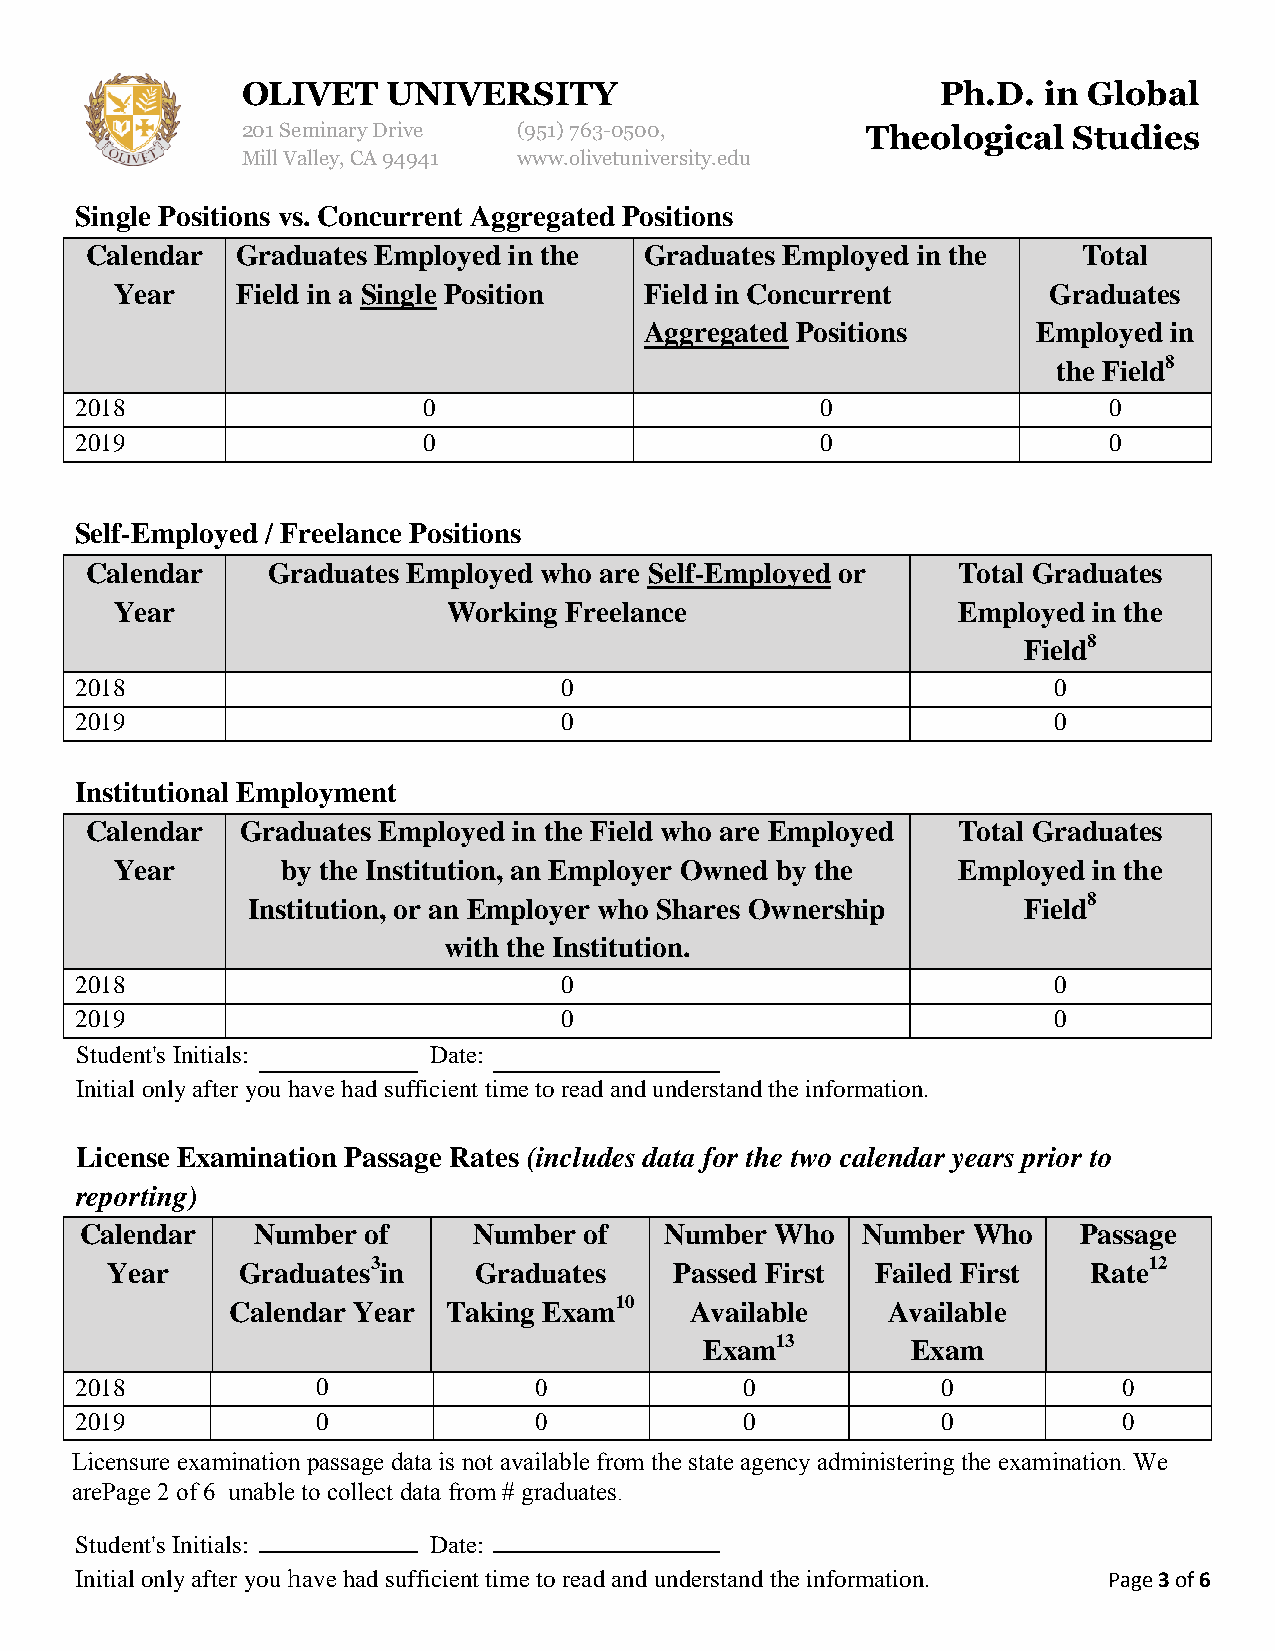
OLIVET    UNIVERSITY                          Ph.D.  in Global
 201 Seminary Drive (951)763-0500,        Theological   Studies
 Mill Valley, CA 94941 www.olivetuniversity.edu
 Single Positions vs. Concurrent Aggregated Positions
 Calendar  Graduates Employed in the  Graduates Employed in the    Total
 Year    Field in a Single Position Field in Concurrent       Graduates
 Aggregated Positions      Employed in
 the Field8
 2018                   0                         0                  0
 2019                   0                         0                  0
 Self-Employed / Freelance Positions
 Calendar    Graduates Employed who are Self-Employed or  Total Graduates
 Year                  Working Freelance                Employed in the
 Field8
 2018                            0                                0
 2019                            0                                0
 Institutional Employment
 Calendar  Graduates Employed in the Field who are Employed Total Graduates
 Year       by the Institution, an Employer Owned by the Employed in the
 Institution, or an Employer who Shares Ownership    Field8
 with the Institution.
 2018                            0                                0
 2019                            0                                0
 Student's Initials:    Date:
 Initial only after you have had sufficient time to read and understand the information.
 License Examination Passage Rates (includes data for the two calendar years prior to
 reporting)
 Calendar    Number of     Number  of   Number Who   Number Who     Passage
 Year     Graduates3in   Graduates     Passed First Failed First  Rate12
 Calendar Year  Taking Exam10   Available    Available
 Exam13       Exam
 2018            0             0             0            0           0
 2019            0             0             0            0           0
 Licensure examination passage data is not available from the state agency administering the examination. We
 arePage 2 of 6 unable to collect data from # graduates.
 Student's Initials:    Date:
 Initial only after you have had sufficient time to read and understand the information. Page 3 of 6